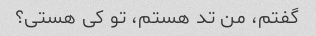
گفتم، من تد هستم، تو کی هستی؟